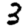
Digit: 3